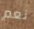
نعم